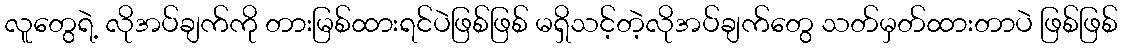
လူတွေရဲ့ လိုအပ်ချက်ကို တားမြစ်ထားရင်ပဲဖြစ်ဖြစ် မရှိသင့်တဲ့လိုအပ်ချက်တွေ သတ်မှတ်ထားတာပဲ ဖြစ်ဖြစ်